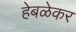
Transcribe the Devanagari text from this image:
हेबळेकर